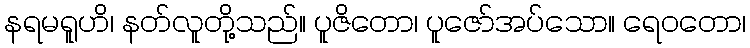
နရမရူဟိ၊ နတ်လူတို့သည်။ ပူဇိတော၊ ပူဇော်အပ်သော။ ရေဝတော၊